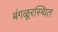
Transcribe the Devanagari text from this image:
बंगळूरस्थित